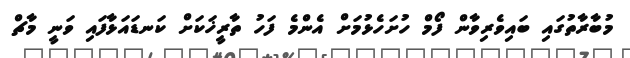
މުބާރާތުގައި ބައިވެރިވާން ފޯމް ހުށަހެޅުމަށް އެންމެ ފަހު ތާރީޚަކަށް ކަނޑައަޅާފައި ވަނީ މާޗް